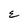
Character: E